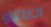
الكاكاو